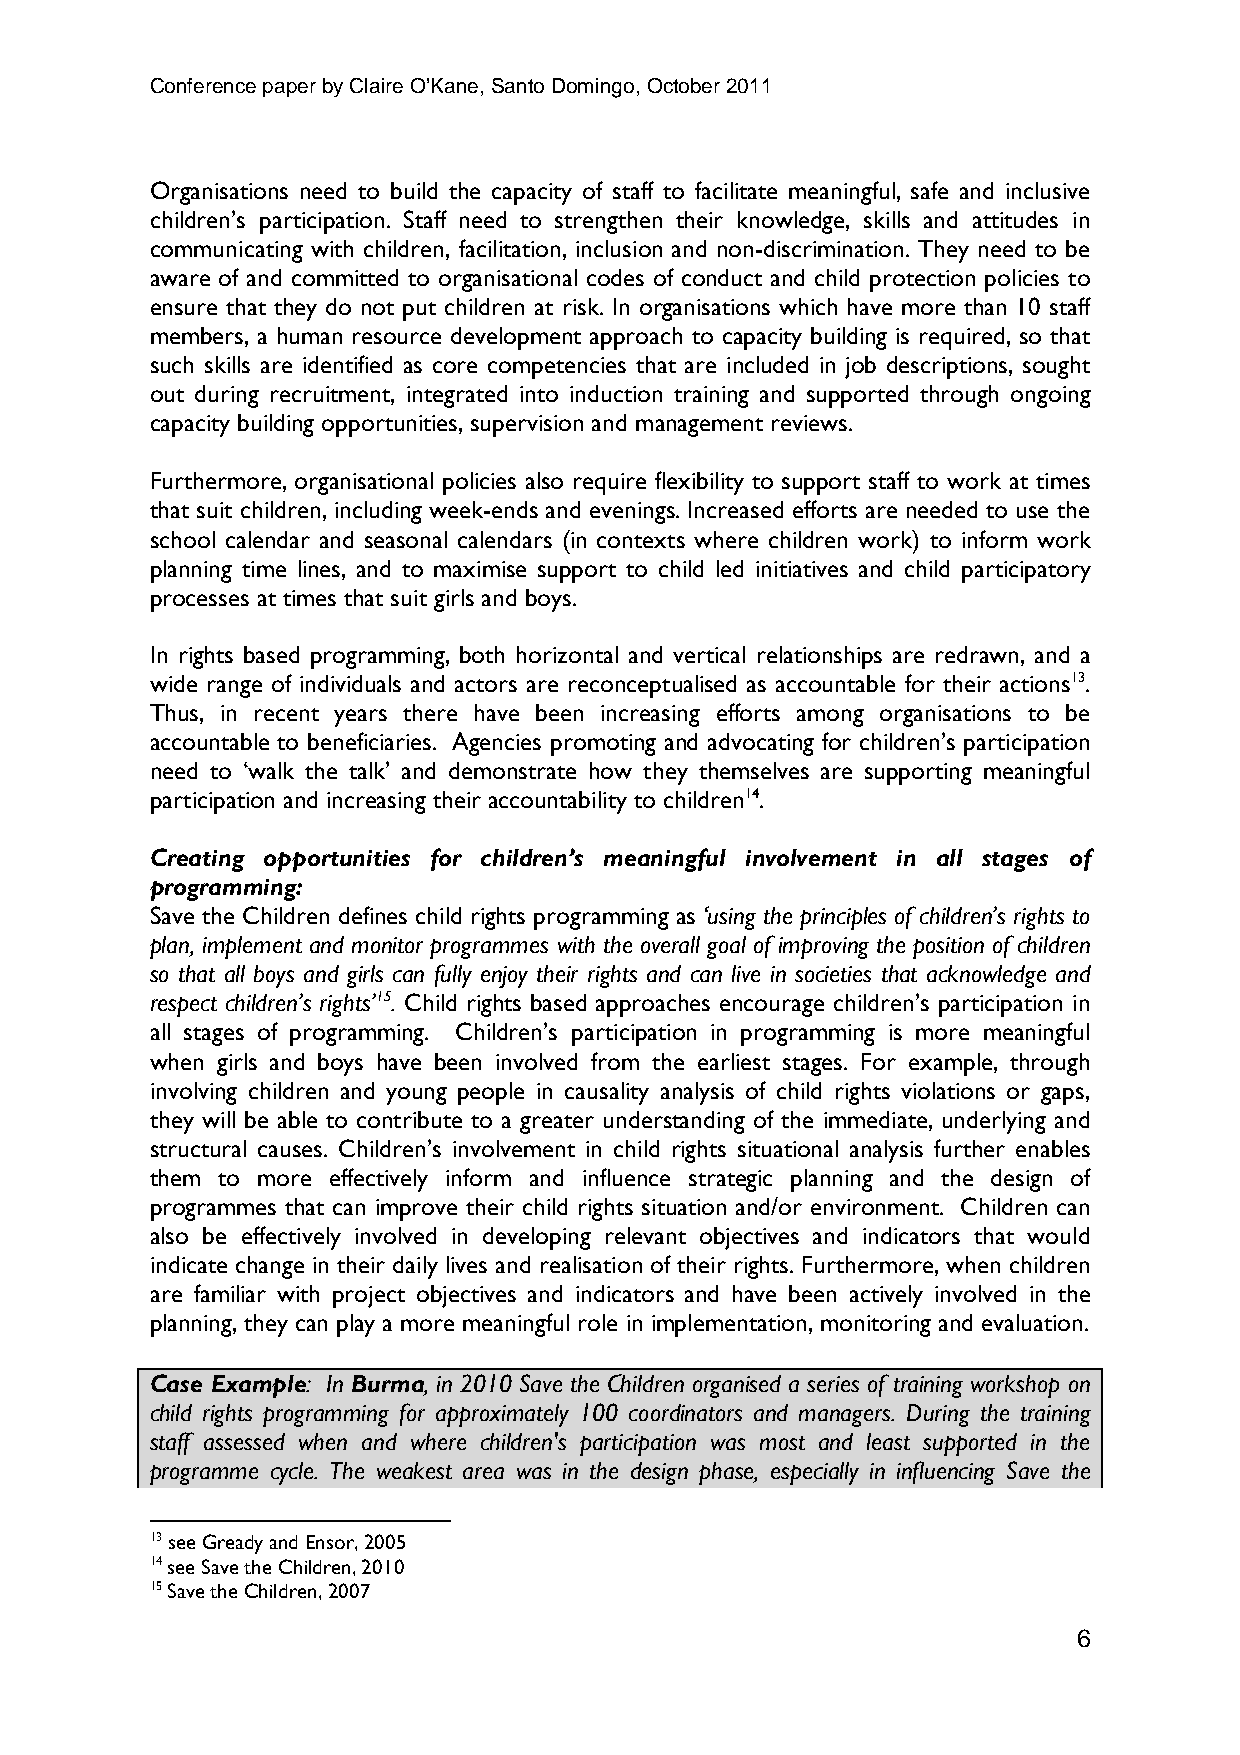
Conference paper by Claire O’Kane, Santo Domingo, October 2011
 Organisations need to build the capacity of staff to facilitate meaningful, safe and inclusive
 children’s participation. Staff need to strengthen their knowledge, skills and attitudes in
 communicating with children, facilitation, inclusion and non-discrimination. They need to be
 aware of and committed to organisational codes of conduct and child protection policies to
 ensure that they do not put children at risk. In organisations which have more than 10 staff
 members, a human resource development approach to capacity building is required, so that
 such skills are identified as core competencies that are included in job descriptions, sought
 out during recruitment, integrated into induction training and supported through ongoing
 capacity building opportunities, supervision and management reviews.
 Furthermore, organisational policies also require flexibility to support staff to work at times
 that suit children, including week-ends and evenings. Increased efforts are needed to use the
 school calendar and seasonal calendars (in contexts where children work) to inform work
 planning time lines, and to maximise support to child led initiatives and child participatory
 processes at times that suit girls and boys.
 In rights based programming, both horizontal and vertical relationships are redrawn, and a
 wide range of individuals and actors are reconceptualised as accountable for their actions13.
 Thus, in recent years there have been increasing efforts among organisations to be
 accountable to beneficiaries. Agencies promoting and advocating for children’s participation
 need to ‘walk the talk’ and demonstrate how they themselves are supporting meaningful
 participation and increasing their accountability to children14.
 Creating opportunities for children’s meaningful involvement in all stages of
 programming:
 Save the Children defines child rights programming as ‘using the principles of children’s rights to
 plan, implement and monitor programmes with the overall goal of improving the position of children
 so that all boys and girls can fully enjoy their rights and can live in societies that acknowledge and
 respect children’s rights’15. Child rights based approaches encourage children’s participation in
 all stages of programming. Children’s participation in programming is more meaningful
 when girls and boys have been involved from the earliest stages. For example, through
 involving children and young people in causality analysis of child rights violations or gaps,
 they will be able to contribute to a greater understanding of the immediate, underlying and
 structural causes. Children’s involvement in child rights situational analysis further enables
 them to more effectively inform and influence strategic planning and the design of
 programmes that can improve their child rights situation and/or environment. Children can
 also be effectively involved in developing relevant objectives and indicators that would
 indicate change in their daily lives and realisation of their rights. Furthermore, when children
 are familiar with project objectives and indicators and have been actively involved in the
 planning, they can play a more meaningful role in implementation, monitoring and evaluation.
 Case Example: In Burma, in 2010 Save the Children organised a series of training workshop on
 child rights programming for approximately 100 coordinators and managers. During the training
 staff assessed when and where children's participation was most and least supported in the
 programme cycle. The weakest area was in the design phase, especially in influencing Save the
 13 see Gready and Ensor, 2005
 14 see Save the Children, 2010
 15 Save the Children, 2007
 6